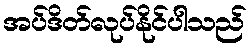
အပ်ဒိတ်လုပ်နိုင်ပါသည်